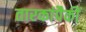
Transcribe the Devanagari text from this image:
तारकांपैकीं